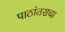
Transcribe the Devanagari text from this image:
पाठांतराचा